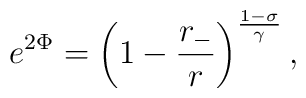
e^{2\Phi} = \left(1-\frac{r_-}{r}\right)^{\frac{1-\sigma}{\gamma}},